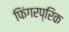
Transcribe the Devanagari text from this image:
फिंगरप्रिक